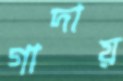
গাদায়